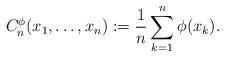
LaTeX: \begin{align*} C_n^{\phi}(x_1,\ldots,x_n) := \frac{1}{n} \sum_{k=1}^n \phi(x_k).\end{align*}